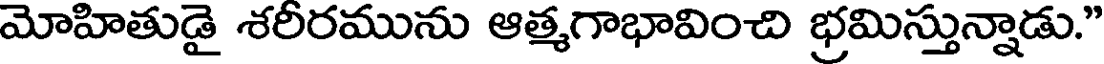
మోహితుడై శరీరమును ఆత్మగాభావించి భ్రమిస్తున్నాడు."